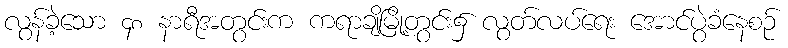
လွန်ခဲ့သော ၄၈ နာရီအတွင်းက ကရာချိမြို့တွင်း၌ လွတ်လပ်ရေး အောင်ပွဲခံနေစဉ်